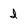
Character: I